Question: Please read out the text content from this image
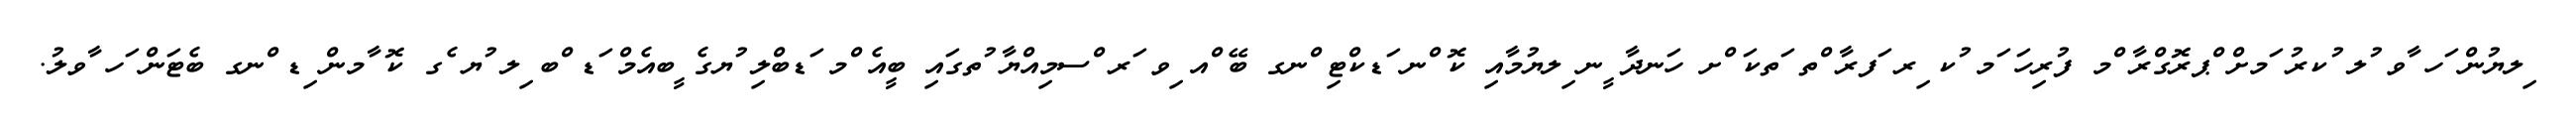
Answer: ިލޔުން ަހ ާވ ުލ ުކރު ަމށް ްޕރޮގްރާ ްމ ފުރިހަ ަމ ުކ ިރ ަފރާ ްތ ަތކަ ްށ ހަނދާ ީނ ިލޔުމާއި ކޮ ްނ ަޑކްޓި ްނގ ބޭ ްއ ިވ ަރ ްސމިއްޔާ ުތގައި ބީއެ ްމ ަޑބްލި ުޔގެ ީބއެމް ަޑ ްބ ިލ ުޔ ެގ ކޮ ާމން ިޑ ްނގ ބެޓަން ަހ ާވލު.